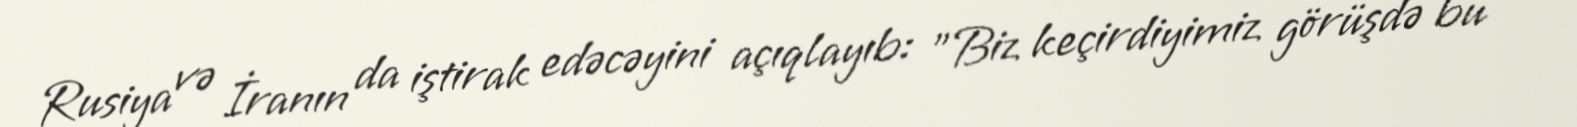
Rusiya və İranın da iştirak edəcəyini açıqlayıb: "Biz keçirdiyimiz görüşdə bu